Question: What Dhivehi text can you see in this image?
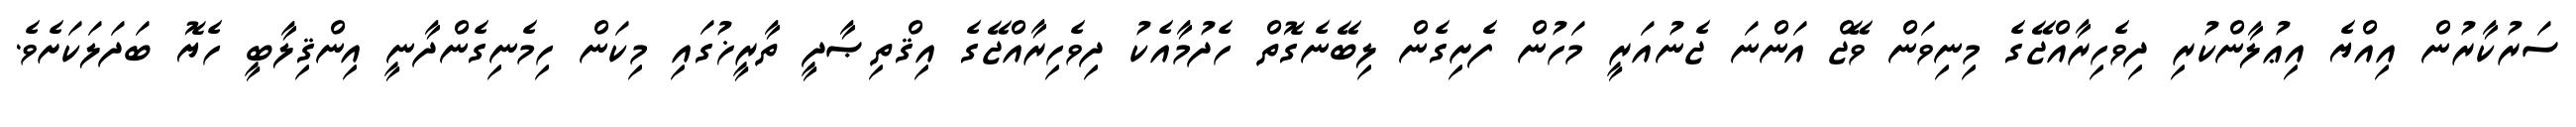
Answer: ސަރުކާރުން އިއްޔެ އިޢުލާންކުރި ދިވެހިރާއްޖޭގެ މިނިވަން ވޭޖް އަންނަ ޖެނުއަރީ މަހުން ފެށިގެން ލިބޭނެގޮތް ހެދުމާއެކު ދިވެހިރާއްޖޭގެ އިޤްތިޞާދީ ތާރީޚުގައި މިކަން ހިމެނިގެންދާނީ އިންޤިލާބީ ހެޔޮ ބަދަލަކަށެވެ.